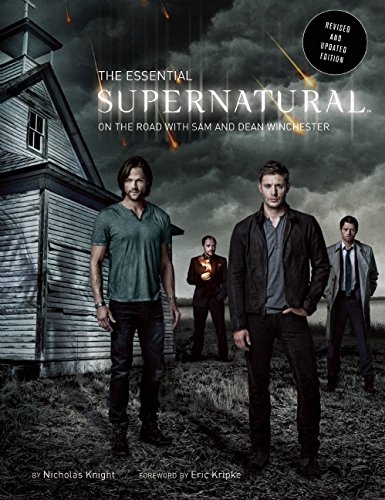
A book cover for The Essential Supernatural: On the Road with Sam and Dean Winchester (Revised and Updated Edition); Nicholas Knight; Humor & Entertainment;